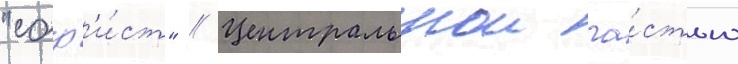
"соф'и́ст" // Центральнои ча́стью